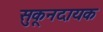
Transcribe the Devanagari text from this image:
सुकूनदायक